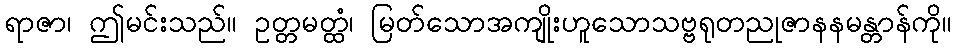
ရာဇာ၊ ဤမင်းသည်။ ဥတ္တမတ္ထံ၊ မြတ်သောအကျိုးဟူသောသဗ္ဗရုတညုဇာနနမန္တာန်ကို။